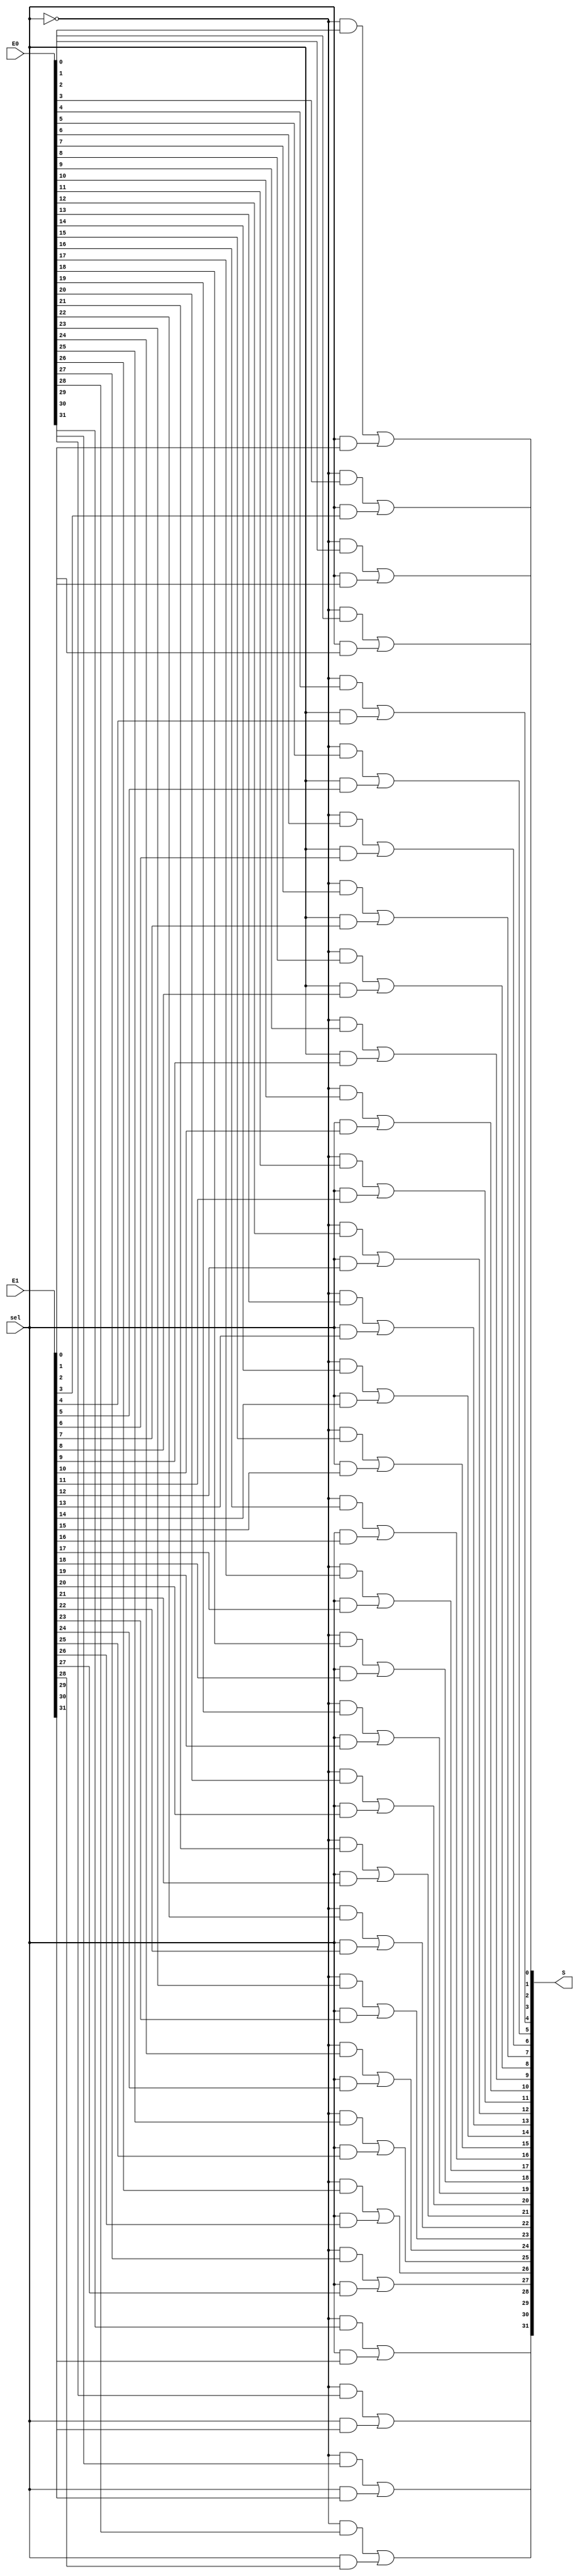
module muxSltCtrl (sel, S, E0, E1);


input [0:0]sel;
input [31:0]E0;
input [31:0]E1;
output [31:0]S;


assign S[0] = (((~sel[0] ) & E0[0]) | ((sel[0] ) & E1[0]));
assign S[1] = (((~sel[0] ) & E0[1]) | ((sel[0] ) & E1[1]));
assign S[2] = (((~sel[0] ) & E0[2]) | ((sel[0] ) & E1[2]));
assign S[3] = (((~sel[0] ) & E0[3]) | ((sel[0] ) & E1[3]));
assign S[4] = (((~sel[0] ) & E0[4]) | ((sel[0] ) & E1[4]));
assign S[5] = (((~sel[0] ) & E0[5]) | ((sel[0] ) & E1[5]));
assign S[6] = (((~sel[0] ) & E0[6]) | ((sel[0] ) & E1[6]));
assign S[7] = (((~sel[0] ) & E0[7]) | ((sel[0] ) & E1[7]));
assign S[8] = (((~sel[0] ) & E0[8]) | ((sel[0] ) & E1[8]));
assign S[9] = (((~sel[0] ) & E0[9]) | ((sel[0] ) & E1[9]));
assign S[10] = (((~sel[0] ) & E0[10]) | ((sel[0] ) & E1[10]));
assign S[11] = (((~sel[0] ) & E0[11]) | ((sel[0] ) & E1[11]));
assign S[12] = (((~sel[0] ) & E0[12]) | ((sel[0] ) & E1[12]));
assign S[13] = (((~sel[0] ) & E0[13]) | ((sel[0] ) & E1[13]));
assign S[14] = (((~sel[0] ) & E0[14]) | ((sel[0] ) & E1[14]));
assign S[15] = (((~sel[0] ) & E0[15]) | ((sel[0] ) & E1[15]));
assign S[16] = (((~sel[0] ) & E0[16]) | ((sel[0] ) & E1[16]));
assign S[17] = (((~sel[0] ) & E0[17]) | ((sel[0] ) & E1[17]));
assign S[18] = (((~sel[0] ) & E0[18]) | ((sel[0] ) & E1[18]));
assign S[19] = (((~sel[0] ) & E0[19]) | ((sel[0] ) & E1[19]));
assign S[20] = (((~sel[0] ) & E0[20]) | ((sel[0] ) & E1[20]));
assign S[21] = (((~sel[0] ) & E0[21]) | ((sel[0] ) & E1[21]));
assign S[22] = (((~sel[0] ) & E0[22]) | ((sel[0] ) & E1[22]));
assign S[23] = (((~sel[0] ) & E0[23]) | ((sel[0] ) & E1[23]));
assign S[24] = (((~sel[0] ) & E0[24]) | ((sel[0] ) & E1[24]));
assign S[25] = (((~sel[0] ) & E0[25]) | ((sel[0] ) & E1[25]));
assign S[26] = (((~sel[0] ) & E0[26]) | ((sel[0] ) & E1[26]));
assign S[27] = (((~sel[0] ) & E0[27]) | ((sel[0] ) & E1[27]));
assign S[28] = (((~sel[0] ) & E0[28]) | ((sel[0] ) & E1[28]));
assign S[29] = (((~sel[0] ) & E0[29]) | ((sel[0] ) & E1[29]));
assign S[30] = (((~sel[0] ) & E0[30]) | ((sel[0] ) & E1[30]));
assign S[31] = (((~sel[0] ) & E0[31]) | ((sel[0] ) & E1[31]));


endmodule